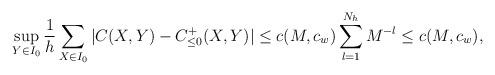
LaTeX: \begin{align*}\sup_{Y\in I_0}\frac{1}{h}\sum_{X\in I_0}|C(X,Y)-C_{\le 0}^+(X,Y)|\le c(M,c_w)\sum_{l=1}^{N_h}M^{-l}\le c(M,c_w),\end{align*}